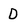
Character: D